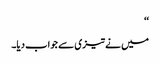
‘‘
میں نے تیزی سے جواب دیا۔